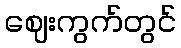
ဈေးကွက်တွင်